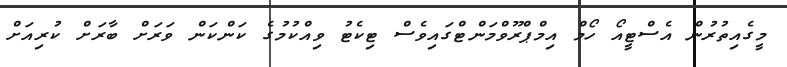
މީގެއިތުރުން އެސްޓީއޯ ހޯމް އިމްޕްރޫވްމަންޓްގައިވެސް ޓިކެޓު ވިއްކުމުގެ ކަންކަން ވަރަށް ބާރަށް ކުރިއަށް